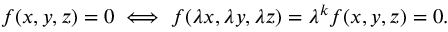
f ( x , y , z ) = 0 \iff f ( \lambda x , \lambda y , \lambda z ) = \lambda ^ { k } f ( x , y , z ) = 0 .